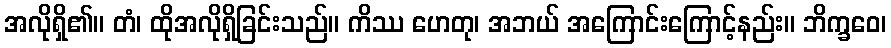
အလိုရှိ၏။ တံ၊ ထိုအလိုရှိခြင်းသည်။ ကိဿ ဟေတု၊ အဘယ် အကြောင်းကြောင့်နည်း။ ဘိက္ခဝေ၊